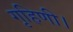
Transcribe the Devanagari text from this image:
गृहिणी।